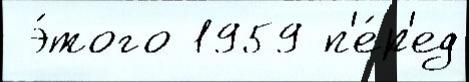
 э́того 1959 п'е́р'ед